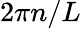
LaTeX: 2\pi n/L